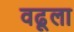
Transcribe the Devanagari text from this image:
वढूला